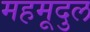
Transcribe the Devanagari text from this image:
महमूदुल